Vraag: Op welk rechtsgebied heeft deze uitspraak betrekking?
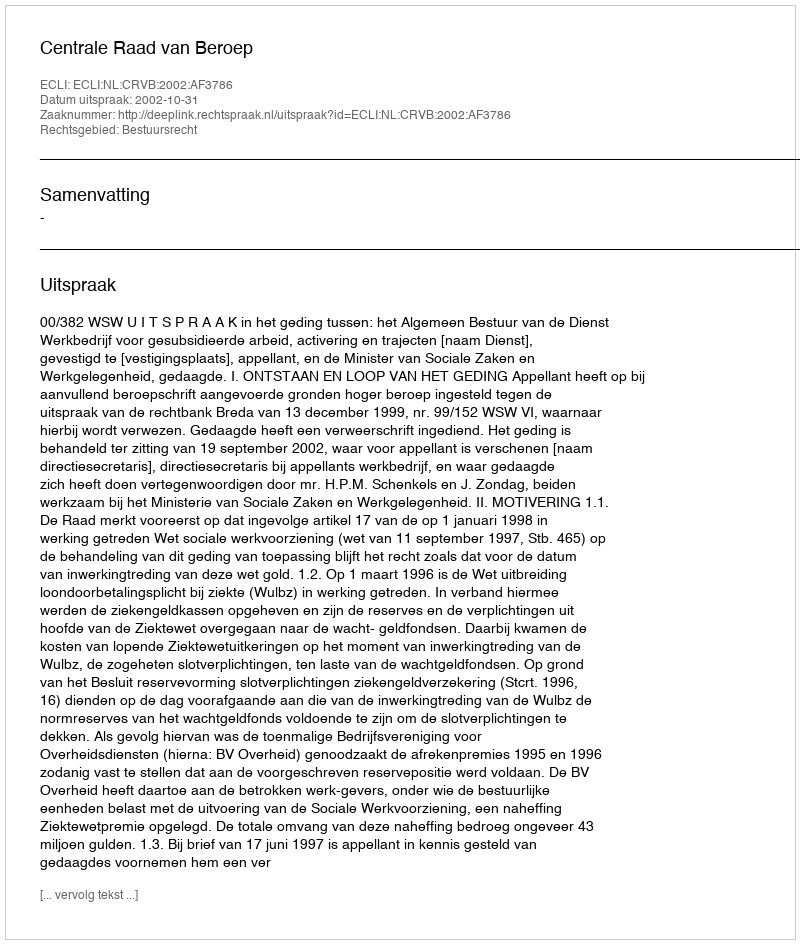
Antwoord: Bestuursrecht